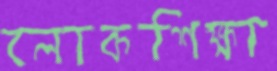
লোকশিক্ষা